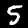
Digit: 5